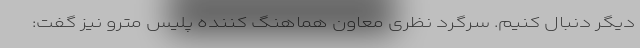
دیگر دنبال کنیم. سرگرد نظری معاون هماهنگ کننده پلیس مترو نیز گفت: